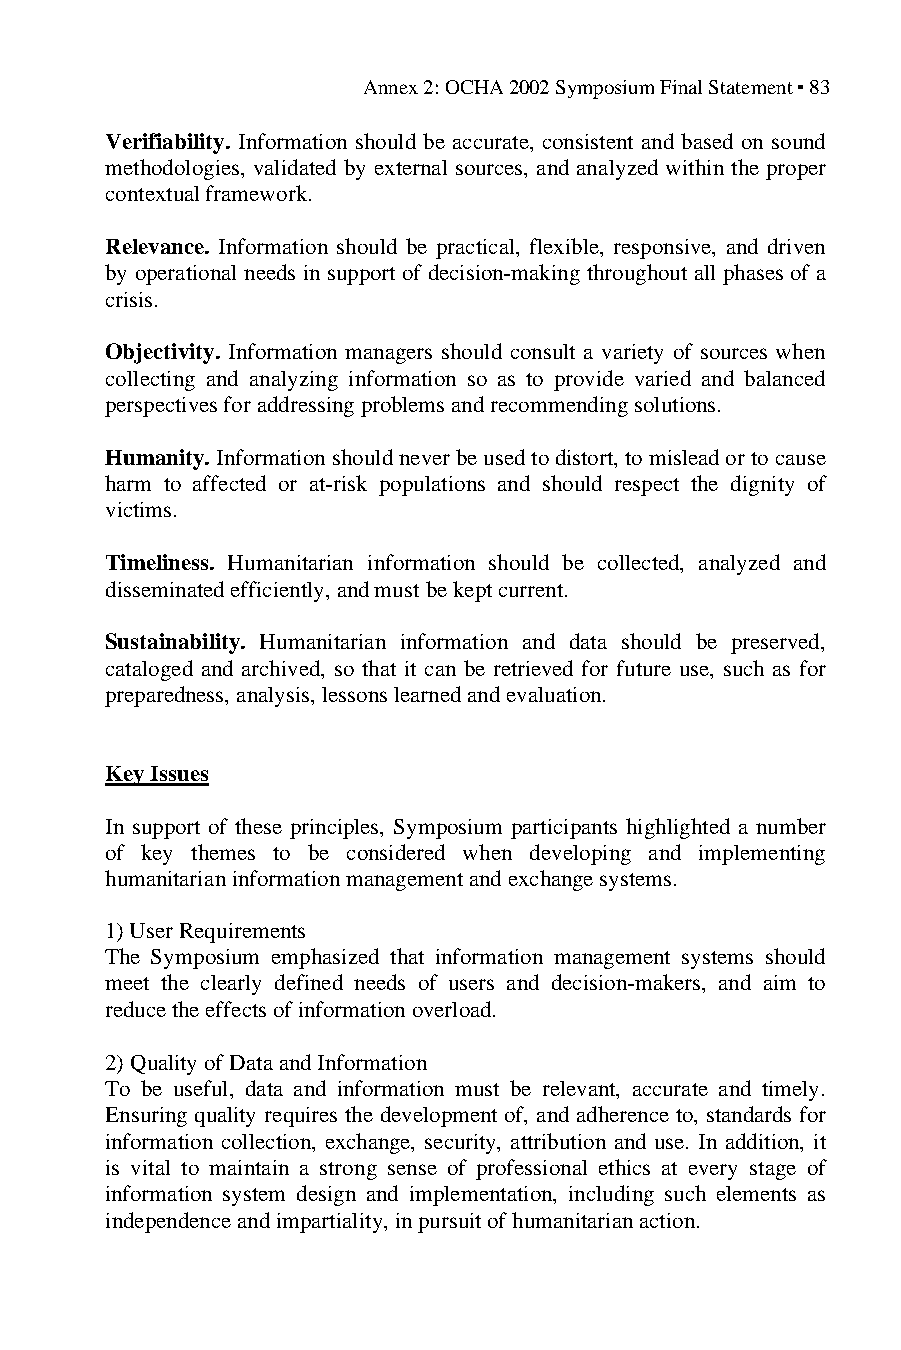
Annex 2: OCHA 2002 Symposium Final Statement ▪ 83
 Verifiability. Information should be accurate, consistent and based on sound
 methodologies, validated by external sources, and analyzed within the proper
 contextual framework.
 Relevance. Information should be practical, flexible, responsive, and driven
 by operational needs in support of decision-making throughout all phases of a
 crisis.
 Objectivity. Information managers should consult a variety of sources when
 collecting and analyzing information so as to provide varied and balanced
 perspectives for addressing problems and recommending solutions.
 Humanity. Information should never be used to distort, to mislead or to cause
 harm to affected or at-risk populations and should respect the dignity of
 victims.
 Timeliness. Humanitarian information should be collected, analyzed and
 disseminated efficiently, and must be kept current.
 Sustainability. Humanitarian information and data should be preserved,
 cataloged and archived, so that it can be retrieved for future use, such as for
 preparedness, analysis, lessons learned and evaluation.
 Key Issues
 In support of these principles, Symposium participants highlighted a number
 of key themes to be considered when developing and implementing
 humanitarian information management and exchange systems.
 1) User Requirements
 The Symposium emphasized that information management systems should
 meet the clearly defined needs of users and decision-makers, and aim to
 reduce the effects of information overload.
 2) Quality of Data and Information
 To be useful, data and information must be relevant, accurate and timely.
 Ensuring quality requires the development of, and adherence to, standards for
 information collection, exchange, security, attribution and use. In addition, it
 is vital to maintain a strong sense of professional ethics at every stage of
 information system design and implementation, including such elements as
 independence and impartiality, in pursuit of humanitarian action.